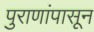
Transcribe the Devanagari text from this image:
पुराणांपासून